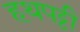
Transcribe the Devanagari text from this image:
हथपट्टी